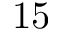
1 5